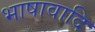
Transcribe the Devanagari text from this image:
भाषावादि